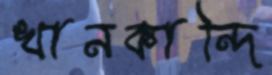
খানকান্দি